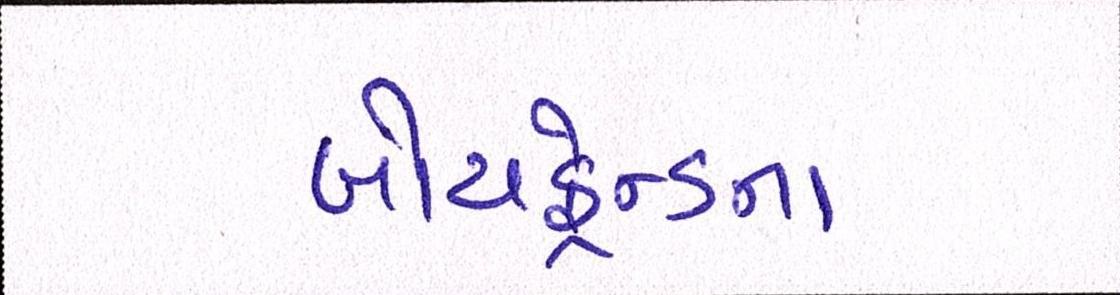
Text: બોયફ્રેન્ડના